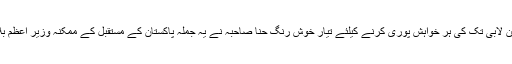
سیاست کیلئے سامراجی آشیرباد سے برہمن لابی تک کی ہر خواہش پوری کرنے کیلئے تیار خوش رنگ حنا صاحبہ نے یہ جملہ پاکستان کے مستقبل کے ممکنہ وزیر اعظم بلاول کےقریب تر ہونے کیلئے ہی کہا تھا۔